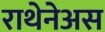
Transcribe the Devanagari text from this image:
राथेनेअस